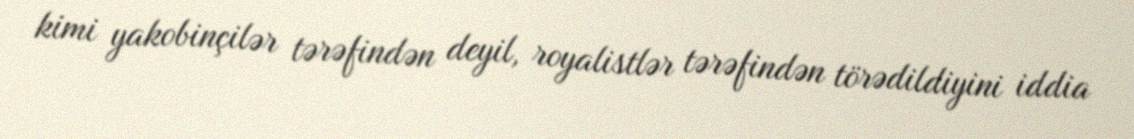
kimi yakobinçilər tərəfindən deyil, royalistlər tərəfindən törədildiyini iddia